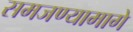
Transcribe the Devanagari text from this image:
समजण्यामागे